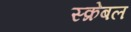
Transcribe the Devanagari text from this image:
स्क्रेबल